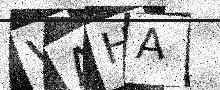
Text: VAHA